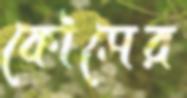
কৌমের